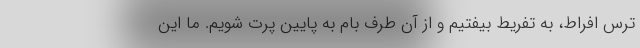
ترس افراط، به تفریط بیفتیم و از آن طرف بام به پایین پرت شویم. ما این